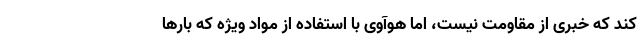
کند که خبری از مقاومت نیست، اما هوآوی با استفاده از مواد ویژه که بارها